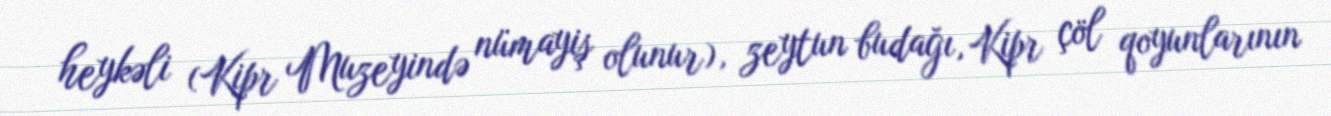
heykəli (Kipr Muzeyində nümayiş olunur), zeytun budağı, Kipr çöl qoyunlarının